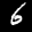
Label: 6